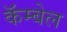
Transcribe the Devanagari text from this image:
कॅम्बेल